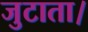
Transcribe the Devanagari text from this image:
जुटाता।